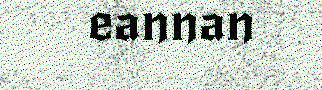
eannan